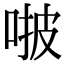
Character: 𠵿